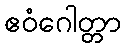
ဧဝံဂေါတ္တာ